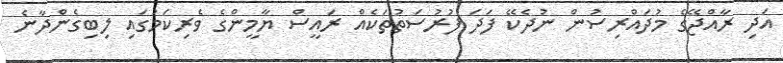
އަދި ރާއްޖޭގެ މުދައްރިސުން ނުދެކޭ ފަދަ ފުރުސަތުތަކެއް ރައީސް ޔާމީންގެ ވެރިކަމުގައި ލިބިގެންދާނެ